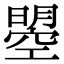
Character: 曌